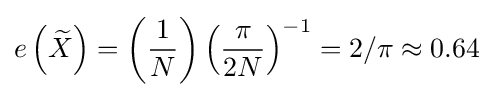
e\left({\widetilde {X}}\right)=\left({\frac {1}{N}}\right)\left({\frac {\pi }{2N}}\right)^{-1}=2/\pi \approx 0.64